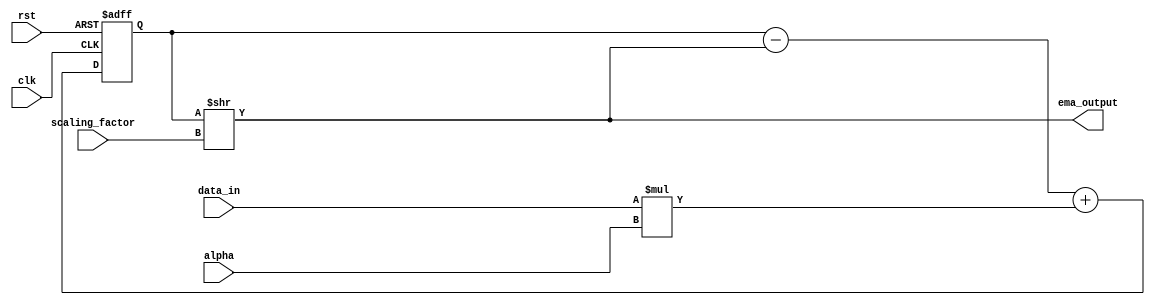
module EMA_accumulator (
    input wire clk,
    input wire rst,
    input wire [7:0] alpha,
    input wire [15:0] data_in,
    input wire [2:0] scaling_factor,
    output wire [15:0] ema_output
);

reg [15:0] sum;

always @(posedge clk or posedge rst) begin
    if (rst) begin
        sum <= 16'b0;
    end else begin
        sum <= sum - (sum >> scaling_factor) + (data_in * alpha);
    end
end

assign ema_output = sum >> scaling_factor;

endmodule